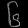
Digit: ၆